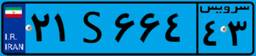
۲۱S۶۶۴۴۳